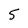
Character: 5